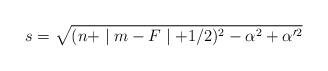
LaTeX: \begin{align*}s=\sqrt{(n+\mid m-F\mid +1/2)^2-\alpha ^2+\alpha ^{\prime 2}}\end{align*}